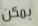
يمكن